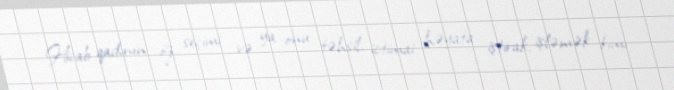
Hicab qadının öz seçimi və ya onu təhsil, ictimai həyata iştirak, işləmək kimi